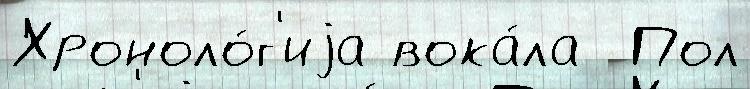
Хроноло́г'иjа вока́ла  Пол